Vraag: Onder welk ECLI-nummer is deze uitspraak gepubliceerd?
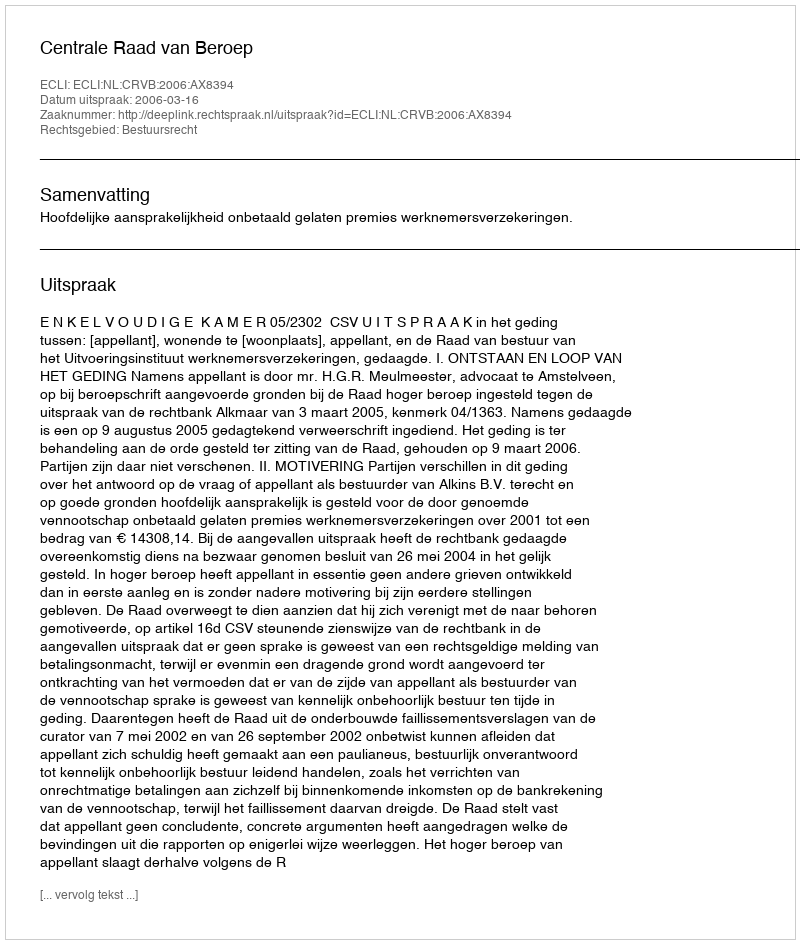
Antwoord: ECLI:NL:CRVB:2006:AX8394